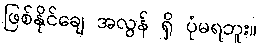
ဖြစ်နိုင်ချေ အလွန် ရှိ ပုံမရဘူး။